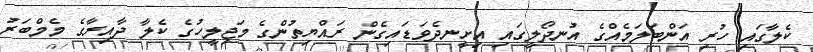
ކެލާގައި ހުރި އަންބަލަމެއްގެ އުނދޯލީގައި އިށީނދެވަޑައިގެން ރައްޔިތުންގެ މަޖިލީހުގެ ކެލާ ދާއިރާގެ މެމްބަރު